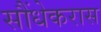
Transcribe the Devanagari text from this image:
सौंधेकरास